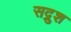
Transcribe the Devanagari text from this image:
सद्रुश